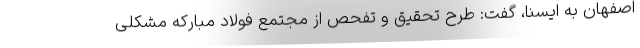
اصفهان به ایسنا، گفت: طرح تحقیق و تفحص از مجتمع فولاد مبارکه مشکلی